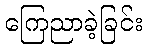
ကြေညာခဲ့ခြင်း